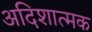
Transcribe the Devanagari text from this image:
अदिशात्मक